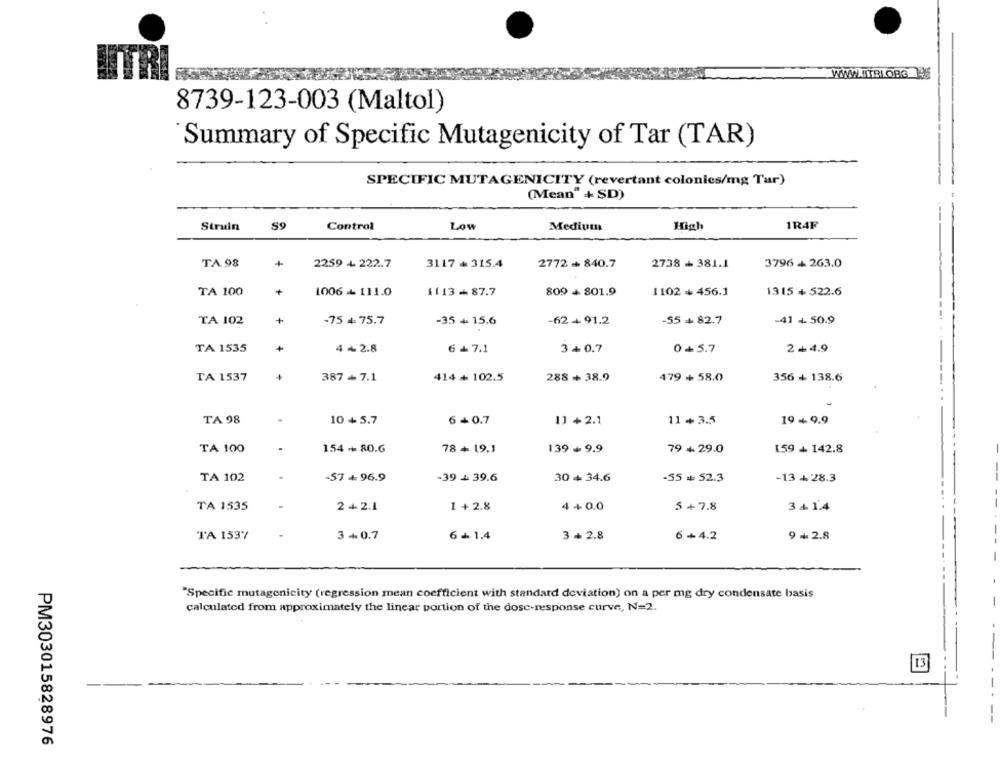
WWW.ITBLORG
8739-123-003 (Maltol)
Summary of Specific Mutagenicity of Tar (TAR)
SPECIFIC MUTAGENICITY (revertant colonies/mg Tur)
(Mean" + SD)
Struin
59
Control
Low
Medium
High
1R4F
TA 98
2259 4 222.7
3117 + 315.4
2772 - 840.7
2738 + 381.1
3796 + 263.0
+
TA 100
1006 + 111.0
1113+87.7
809 + 801.9
1102 + 456.1
1315 + 522.6
TA 102
+
-75 +: 75.7
-35 + 15.6
-62 + 91.2
-55 + 82.7
-41 + 50.9
TA 1535
4 +2.8
6 + 7.1
3+0.7
0+ 5.7
2+4.9
TA 1537
387 + 7.1
414 + 102.5
288+ 38.9
479 + 58.0
356 + 138.6
TA 98
10 + 5.7
6+0.7
11 +2.1
11 +3.5
19 - 9.9
TA 100
154+ 80.6
78+ 19.1
139+ 9.9
79 + 29.0
159 + 142.8
TA 102
-57 + 96.9
-39 + 39.6
30 + 34.6
-55 # 52.3
-13 + 28.3
1 +2.8
TA 1535
2 + 2.1
4+0.0
5 + 7.8
3+ 14
TA 1537
3 +0.7
6 + 1.4
3 +2.8
6+4.2
9 +2.8
-
"Specific mutagenicity (regression mean coefficient with standard deviation) on a per mg dry condensate basis
-
calculated from approximately the linear portion of the dose-response curve, N=2.
13
--
PM303015828976